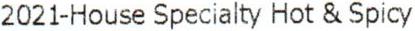
2021-HOUSE SPECIALTY HOT & SPICY